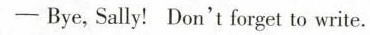
— Bye, Sally! Don't forget to write.